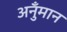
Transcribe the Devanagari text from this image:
अनुँमान